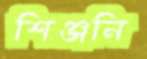
শিঞ্জনি